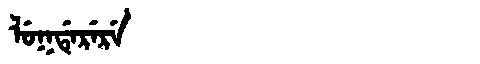
Manchu: ᠯᡠᡴᡩᡝᡵᡝᡵᡝ
Romanization: LUKDERERE